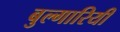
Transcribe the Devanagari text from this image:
बुल्गारियी